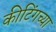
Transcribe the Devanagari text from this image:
कीटिंगच्या